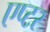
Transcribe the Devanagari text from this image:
एप्टर